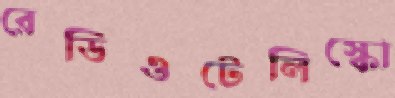
রেডিওটেলিস্কো